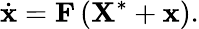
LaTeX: \dot{\mathbf{x}}=\mathbf{F}\left(\mathbf{X}^{*}+\mathbf{x}\right).